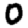
Digit: 0